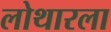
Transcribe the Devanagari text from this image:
लोथारला